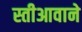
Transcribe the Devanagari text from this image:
स्तीआवाने